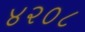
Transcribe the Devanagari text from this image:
४२०८